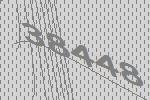
38448